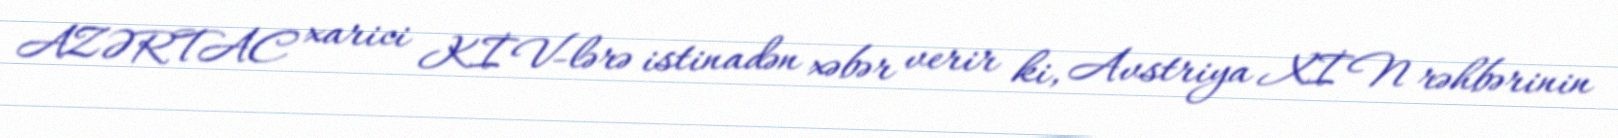
AZƏRTAC xarici KİV-lərə istinadən xəbər verir ki, Avstriya XİN rəhbərinin